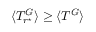
\langle T _ { r ^ { \star } } ^ { G } \rangle \geq \langle T ^ { G } \rangle